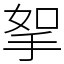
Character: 挐